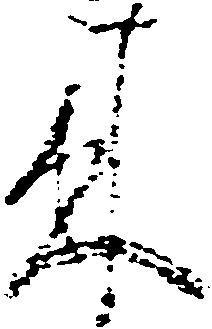
来